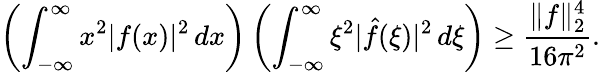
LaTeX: \left(\int_{-\infty}^{\infty}x^{2}|f(x)|^{2}\, dx\right)\left(\int_{-\infty}^{\infty}\xi^{2}|{\hat{f}}(\xi)|^{2}\, d\xi\right)\geq{\frac{\| f\| _{2}^{4}}{16\pi^{2}}}.